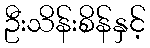
ဦးသိန်းစိန်နှင့်